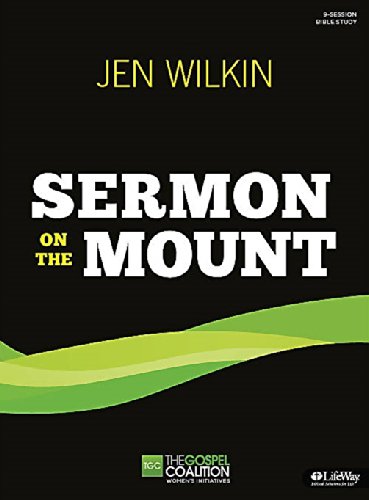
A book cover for Sermon on the Mount; Jen Wilkin; Christian Books & Bibles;